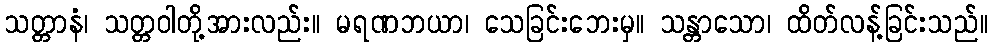
သတ္တာနံ၊ သတ္တဝါတို့အားလည်း။ မရဏဘယာ၊ သေခြင်းဘေးမှ။ သန္တာသော၊ ထိတ်လန့်ခြင်းသည်။